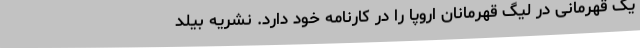
یک قهرمانی در لیگ قهرمانان اروپا را در کارنامه خود دارد. نشریه بیلد